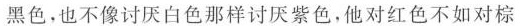
黑色，也不像讨厌白色那样讨厌紫色，他对红色不如对棕